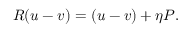
R ( u - v ) = ( u - v ) + \eta { \cal P } .